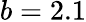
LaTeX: b=2.1